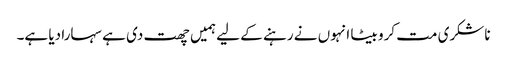
ناشکری مت کرو بیٹا انہوں نے رہنے کے لیے ہمیں چھت دی ہے سہارا دیا ہے۔